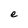
Character: e